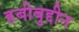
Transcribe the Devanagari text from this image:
हबीबुद्दीन